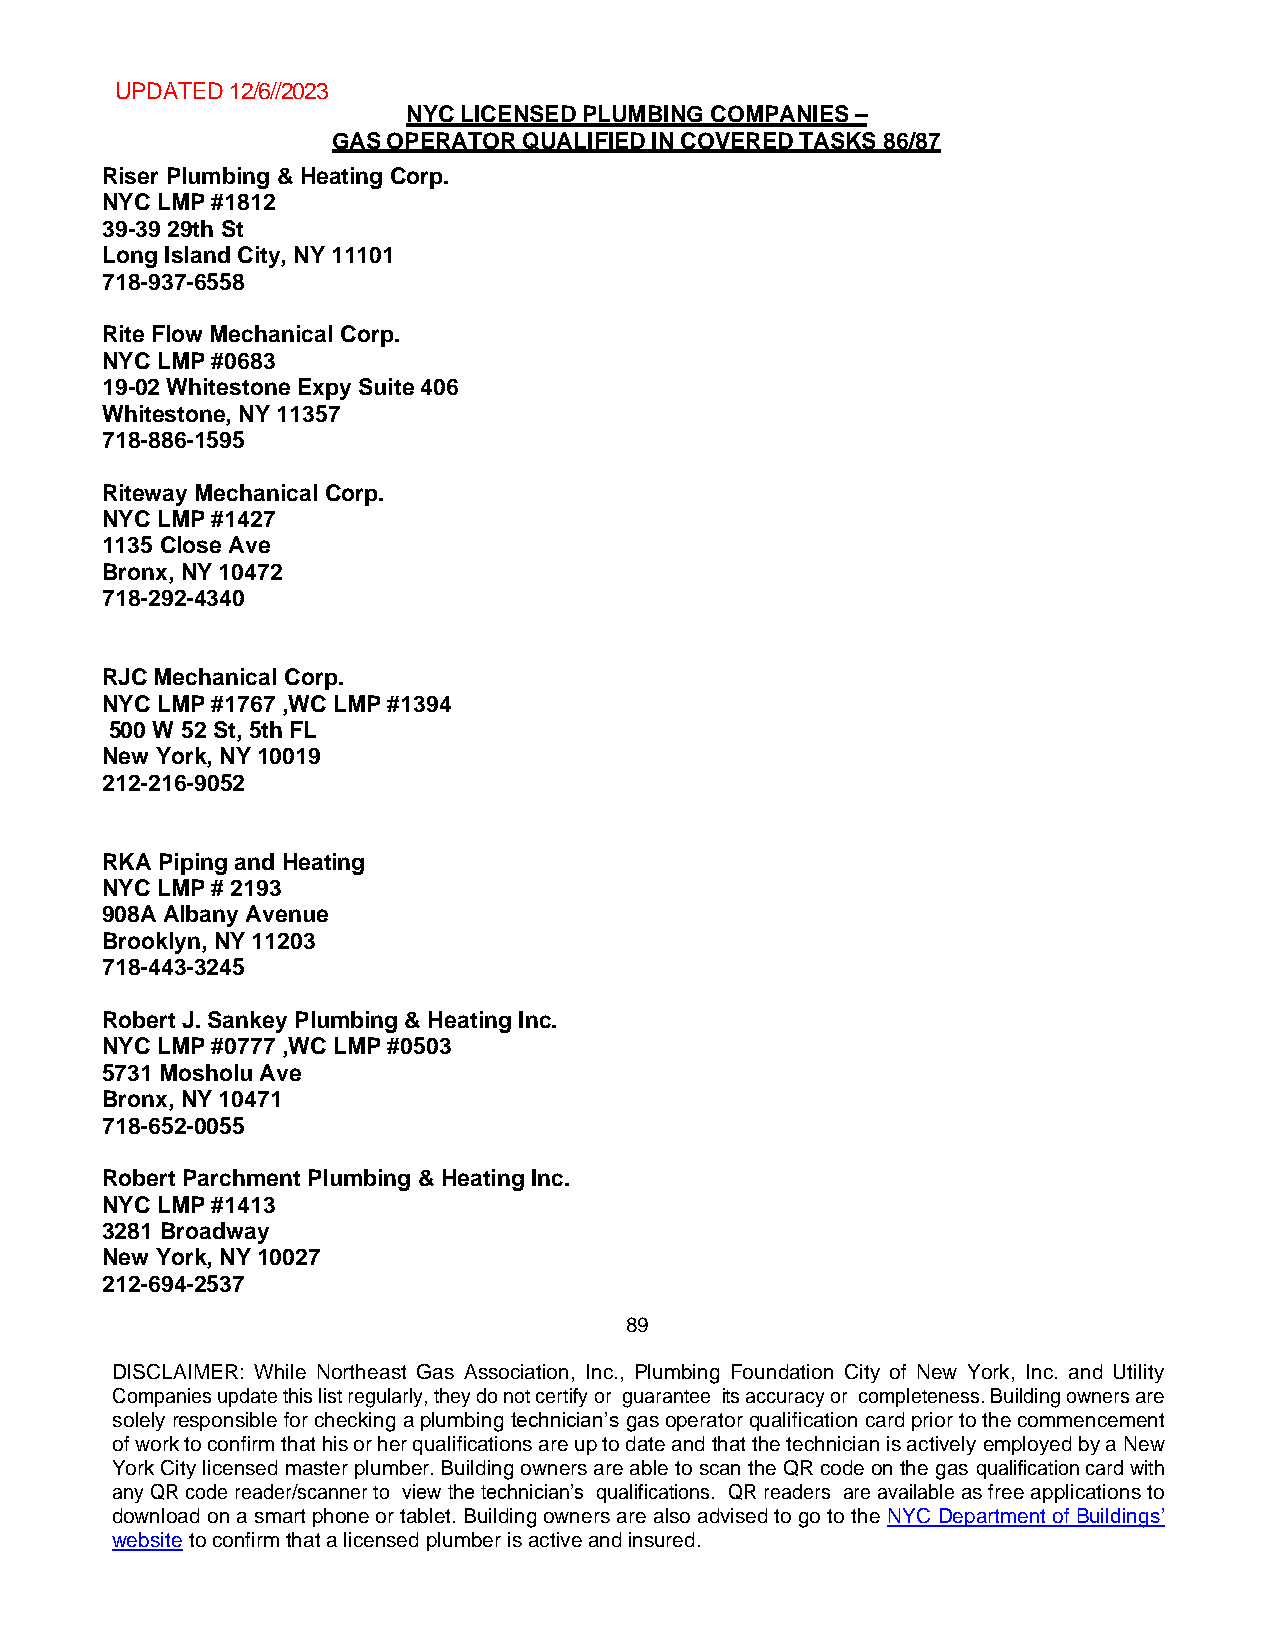
UPDATED 12/6//2023
 NYC LICENSED PLUMBING COMPANIES –
 GAS OPERATOR QUALIFIED IN COVERED TASKS 86/87
 Riser Plumbing & Heating Corp.
 NYC LMP #1812
 39-39 29th St
 Long Island City, NY 11101
 718-937-6558
 Rite Flow Mechanical Corp.
 NYC LMP #0683
 19-02 Whitestone Expy Suite 406
 Whitestone, NY 11357
 718-886-1595
 Riteway Mechanical Corp.
 NYC LMP #1427
 1135 Close Ave
 Bronx, NY 10472
 718-292-4340
 RJC Mechanical Corp.
 NYC LMP #1767 ,WC LMP #1394
 500 W 52 St, 5th FL
 New York, NY 10019
 212-216-9052
 RKA Piping and Heating
 NYC LMP # 2193
 908A Albany Avenue
 Brooklyn, NY 11203
 718-443-3245
 Robert J. Sankey Plumbing & Heating Inc.
 NYC LMP #0777 ,WC LMP #0503
 5731 Mosholu Ave
 Bronx, NY 10471
 718-652-0055
 Robert Parchment Plumbing & Heating Inc.
 NYC LMP #1413
 3281 Broadway
 New York, NY 10027
 212-694-2537
 89
 DISCLAIMER: While Northeast Gas Association, Inc., Plumbing Foundation City of New York, Inc. and Utility
 Companies update this list regularly, they do not certify or guarantee its accuracy or completeness. Building owners are
 solely responsible for checking a plumbing technician’s gas operator qualification card prior to the commencement
 of work to confirm that his or her qualifications are up to date and that the technician is actively employed by a New
 York City licensed master plumber. Building owners are able to scan the QR code on the gas qualification card with
 any QR code reader/scanner to view the technician’s qualifications. QR readers are available as free applications to
 download on a smart phone or tablet. Building owners are also advised to go to the NYC Department of Buildings’
 website to confirm that a licensed plumber is active and insured.